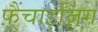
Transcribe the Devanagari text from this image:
फ़्रैंचाइज़िंग